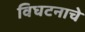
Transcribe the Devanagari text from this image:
विघटनाचे